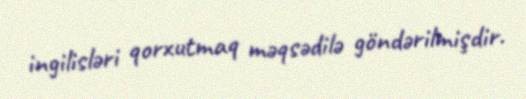
ingilisləri qorxutmaq məqsədilə göndərilmişdir.